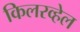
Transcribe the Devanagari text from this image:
किलरव्हेल